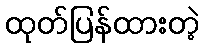
ထုတ်ပြန်ထားတဲ့